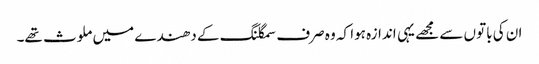
ان کی باتوں سے مجھے یہی اندازہ ہوا کہ وہ صرف سمگلنگ کے دھندے میں ملوث تھے۔